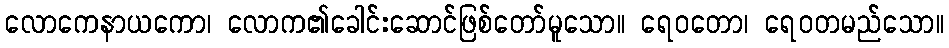
လောကေနာယကော၊ လောက၏ခေါင်းဆောင်ဖြစ်တော်မူသော။ ရေဝတော၊ ရေဝတမည်သော။